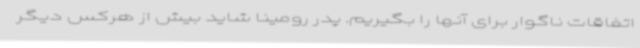
اتفاقات ناگوار برای آنها را بگیریم. پدر رومینا شاید بیش از هرکس دیگر